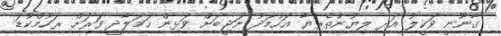
ގާނޫނީ ވަކީލު އަދި ލިޔުންތެރިޔާ އަހުމަދު ނަޖީބަށް ވަޅިން ހަމަލާދީ ވަރަށް ރަހުމްކުޑަ